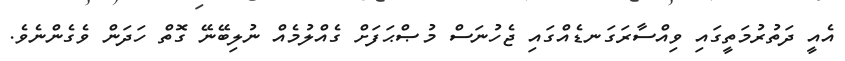
އެއީ ދަތުރުމަތީގައި ވިއްސާރަގަނޑެއްގައި ޖެހުނަސް މުޞްޙަފަށް ގެއްލުމެއް ނުލިބޭނޭ ގޮތް ހަދަން ވެގެންނެވެ.